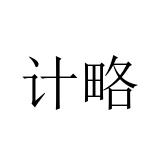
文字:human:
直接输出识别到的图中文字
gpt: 计略